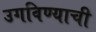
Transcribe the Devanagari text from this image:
उगविण्याची